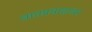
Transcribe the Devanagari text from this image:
वातप्रवाहावर